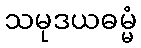
သမုဒယဓမ္မံ